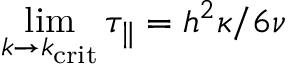
\operatorname* { l i m } _ { k \to k _ { \mathrm { c r i t } } } \tau _ { \parallel } = h ^ { 2 } \kappa / 6 \nu